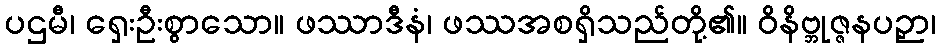
ပဌမီ၊ ရှေးဦးစွာသော။ ဖဿာဒီနံ၊ ဖဿအစရှိသည်တို့၏။ ဝိနိဗ္ဘုဇ္ဇနပဉှာ၊